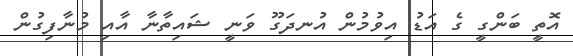
އޮތީ ބަންގީ ގެ އަޑު އިވުމުން އުނދަގޫ ވަނީ ޝައިތާނާ އާއި މުނާފިގުން